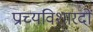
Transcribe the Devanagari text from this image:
प्राच्यविशारदों